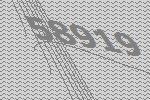
58919